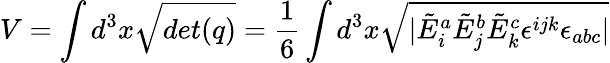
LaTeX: V=\int d^{3}x{\sqrt{det(q)}}={\frac{1}{6}}\int d^{3}x{\sqrt{|{\tilde{E}}_{i}^{a}{\tilde{E}}_{j}^{b}{\tilde{E}}_{k}^{c}\epsilon^{ijk}\epsilon_{abc}|}}